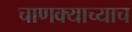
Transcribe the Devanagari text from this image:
चाणक्याच्याच